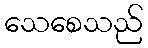
သေစေသည်